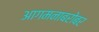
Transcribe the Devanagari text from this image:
आगमनाबरोबर